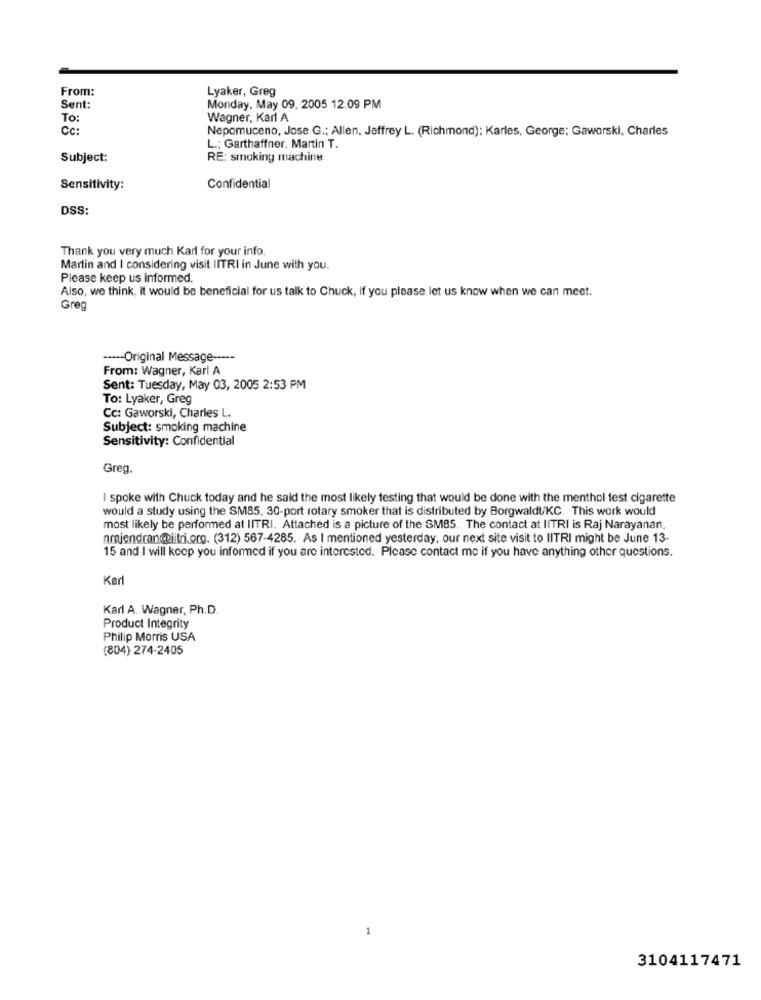
From:
Lyaker, Greg
Sent:
Monday, May 09. 2005 12:09 PM
To:
Wagner, Karl A
CC:
Nepomuceno, Jose G .; Allen, Jeffrey L. (Richmond): Karles, George; Gaworski, Charles
L .: Garthaffner, Martin T.
Subject:
RE: smoking machine
Sensitivity:
Confidential
DSS:
Thank you very much Karl for your info.
Martin and I considering visit IITRI in June with you.
Please keep us informed.
Also, we think, it would be beneficial for us talk to Chuck, if you please let us know when we can meet.
Greg
----- Original Message -----
From: Wagner, Karl A
Sent: Tuesday, May 03, 2005 2:53 PM
To: Lyaker, Greg
Cc: Gaworski, Charles L.
Subject: smoking machine
Sensitivity: Confidential
Greg.
I spoke with Chuck today and he said the most likely testing that would be done with the menthol fest cigarette
would a study using the SM85, 30-port rotary smoker that is distributed by Borgwaldt/KC. This work would
most likely be performed at IITRI. Attached is a picture of the SMB5. The contact at IITRI is Raj Narayanan.
nrajendran@litri.org. (312) 567-4285. As I mentioned yesterday, our next site visit to IITRI might be June 13-
15 and I will keep you informed if you are interested. Please contact me if you have anything other questions.
Karl
Karl A. Wagner, Ph.D.
Product Integrity
Philip Morris USA
(804) 274-2405
3104117471